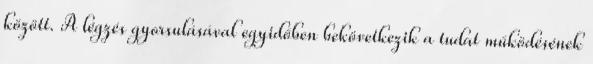
között. A légzés gyorsulásával egyidőben bekövetkezik a tudat működésének